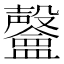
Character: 𣫨